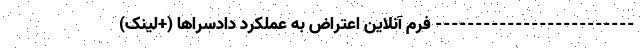
------------------------- فرم آنلاین اعتراض به عملکرد دادسراها (+لینک)